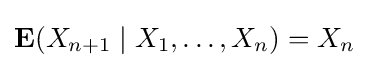
\mathbf {E} (X_{n+1}\mid X_{1},\ldots ,X_{n})=X_{n}